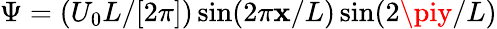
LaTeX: \Psi=(U_{0}L/[2\pi])\sin(2\pi\mathbf{x}/L)\sin(2\piy/L)